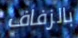
بالزفاف